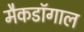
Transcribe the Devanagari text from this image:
मैकडॉगाल